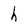
Character: h